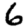
Digit: 6